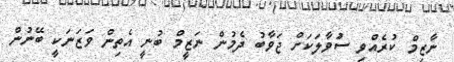
ނާޒިމް ކުރެއްވި ސަުވާލަކަށް ޖަވާބު ދެމުން ނަޒީމް ބުނީ އެތިން ވަޒަނަކީ ބޭނުން